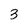
Character: 3